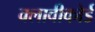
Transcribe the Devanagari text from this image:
क्लावीकोर्ड